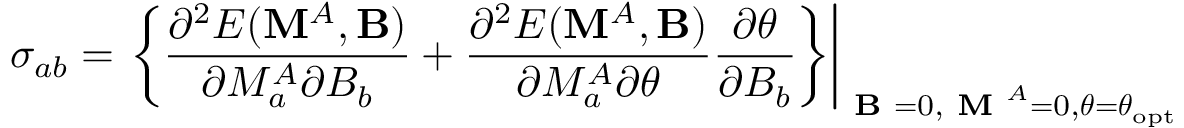
\sigma _ { a b } = \left. \left\{ \frac { \partial ^ { 2 } E ( \mathbf { M } ^ { A } , \mathbf { B } ) } { \partial M _ { a } ^ { A } \partial B _ { b } } + \frac { \partial ^ { 2 } E ( \mathbf { M } ^ { A } , \mathbf { B } ) } { \partial M _ { a } ^ { A } \partial \boldsymbol { \theta } } \frac { \partial \boldsymbol { \theta } } { \partial B _ { b } } \right\} \right| _ { \textbf { B } = 0 , \textbf { M } ^ { A } = 0 , \boldsymbol { \theta = \theta } _ { \mathrm { o p t } } }